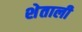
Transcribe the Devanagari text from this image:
शेताली